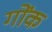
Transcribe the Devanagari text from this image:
गोंक